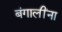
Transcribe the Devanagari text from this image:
बंगालींना